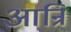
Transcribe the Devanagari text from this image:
आन्रि